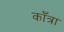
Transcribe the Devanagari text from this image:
काँत्रा